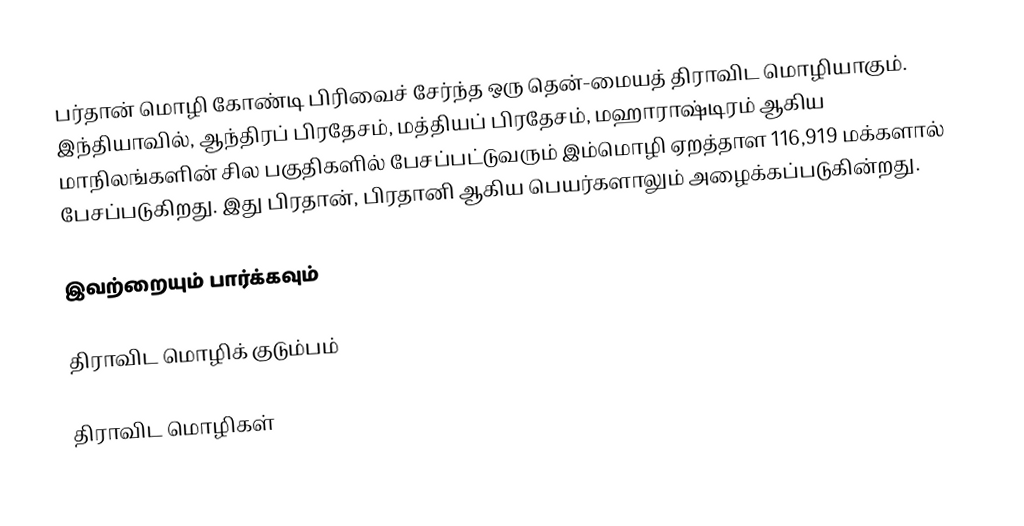
பர்தான் மொழி கோண்டி பிரிவைச் சேர்ந்த ஒரு தென்-மையத் திராவிட மொழியாகும். இந்தியாவில், ஆந்திரப் பிரதேசம், மத்தியப் பிரதேசம், மஹாராஷ்டிரம் ஆகிய மாநிலங்களின் சில பகுதிகளில் பேசப்பட்டுவரும் இம்மொழி ஏறத்தாள 116,919 மக்களால் பேசப்படுகிறது. இது பிரதான், பிரதானி ஆகிய பெயர்களாலும் அழைக்கப்படுகின்றது.

இவற்றையும் பார்க்கவும்

 திராவிட மொழிக் குடும்பம்

திராவிட மொழிகள்